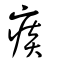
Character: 痰